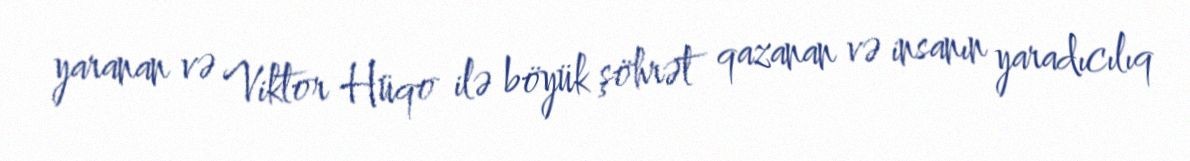
yaranan və Viktor Hüqo ilə böyük şöhrət qazanan və insanın yaradıcılıq